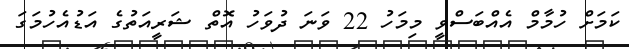
ކަމަށް ހުމާމް އެއްބަސްވީ މިމަހު 22 ވަނަ ދުވަހު އޮތް ޝަރީއަތުގެ އަޑުއެހުމަގަ